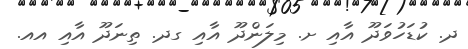
ދ. ކުޑަހުވަދޫ އާއި ށ. މިލަންދޫ އާއި ގދ. ތިނަދޫ އާއި އއ.